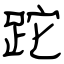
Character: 跎